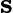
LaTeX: \mathbf{s}